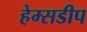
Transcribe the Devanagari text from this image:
हेम्सडीप